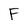
Character: F